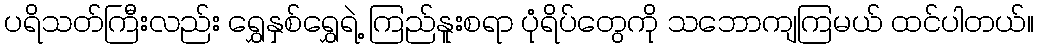
ပရိသတ်ကြီးလည်း ရွှေနှစ်ရွှေရဲ့ ကြည်နူးစရာ ပုံရိပ်တွေကို သဘောကျကြမယ် ထင်ပါတယ်။